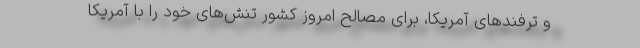
و ترفندهای آمریکا، برای مصالح امروز کشور تنش‌های خود را با آمریکا